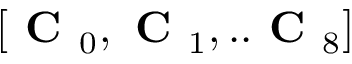
[ \textbf { C } _ { 0 } , \textbf { C } _ { 1 } , . . \textbf { C } _ { 8 } ]